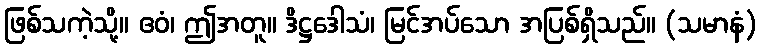
ဖြစ်သကဲ့သို့။ ဧဝံ၊ ဤအတူ။ ဒိဋ္ဌဒေါသံ၊ မြင်အပ်သော အပြစ်ရှိသည်။ (သမာနံ)